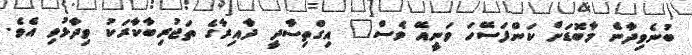
ބުނެވިދާނެ މާބޮޑަށް ކަންފަސޭހަ ވަނީއޭ ވެސް" އިގްތިސާދީ ދާއިރާގެ ތަޖުރިބާކާރަކު ވިދާޅުވި އެވެ.